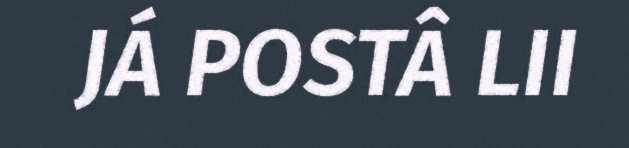
JÁ POSTÂ LII